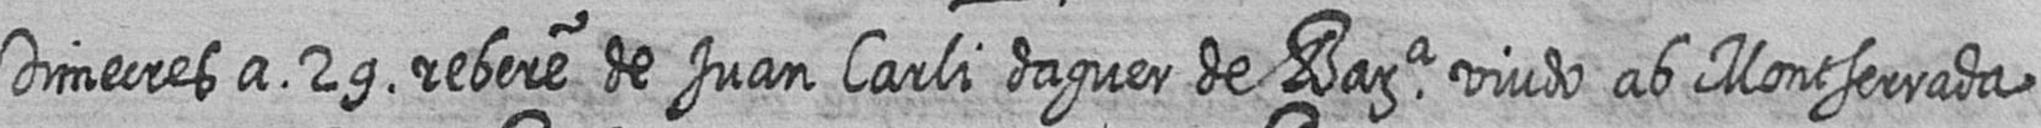
Dimecres a 29 rebere de Juan Carli daguer de Bara viudo ab Montserrada